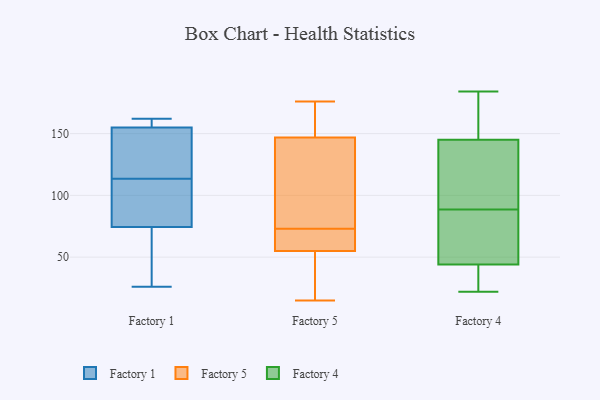
{"axis": {"x": "Net Income (USD K)", "y": "Value"}, "legend": ["Factory 1", "Factory 4", "Factory 5"], "data": [{"x": "", "y": 53, "type": "Factory 1"}, {"x": "", "y": 133, "type": "Factory 1"}, {"x": "", "y": 162, "type": "Factory 1"}, {"x": "", "y": 94, "type": "Factory 1"}, {"x": "", "y": 79, "type": "Factory 1"}, {"x": "", "y": 157, "type": "Factory 1"}, {"x": "", "y": 134, "type": "Factory 1"}, {"x": "", "y": 156, "type": "Factory 1"}, {"x": "", "y": 154, "type": "Factory 1"}, {"x": "", "y": 89, "type": "Factory 1"}, {"x": "", "y": 26, "type": "Factory 1"}, {"x": "", "y": 70, "type": "Factory 1"}, {"x": "", "y": 63, "type": "Factory 5"}, {"x": "", "y": 130, "type": "Factory 5"}, {"x": "", "y": 73, "type": "Factory 5"}, {"x": "", "y": 62, "type": "Factory 5"}, {"x": "", "y": 149, "type": "Factory 5"}, {"x": "", "y": 146, "type": "Factory 5"}, {"x": "", "y": 176, "type": "Factory 5"}, {"x": "", "y": 42, "type": "Factory 5"}, {"x": "", "y": 52, "type": "Factory 5"}, {"x": "", "y": 56, "type": "Factory 5"}, {"x": "", "y": 150, "type": "Factory 5"}, {"x": "", "y": 104, "type": "Factory 5"}, {"x": "", "y": 15, "type": "Factory 5"}, {"x": "", "y": 44, "type": "Factory 4"}, {"x": "", "y": 167, "type": "Factory 4"}, {"x": "", "y": 79, "type": "Factory 4"}, {"x": "", "y": 70, "type": "Factory 4"}, {"x": "", "y": 105, "type": "Factory 4"}, {"x": "", "y": 184, "type": "Factory 4"}, {"x": "", "y": 43, "type": "Factory 4"}, {"x": "", "y": 158, "type": "Factory 4"}, {"x": "", "y": 27, "type": "Factory 4"}, {"x": "", "y": 22, "type": "Factory 4"}, {"x": "", "y": 83, "type": "Factory 4"}, {"x": "", "y": 132, "type": "Factory 4"}, {"x": "", "y": 93, "type": "Factory 4"}, {"x": "", "y": 145, "type": "Factory 4"}, {"x": "", "y": 23, "type": "Factory 4"}, {"x": "", "y": 88, "type": "Factory 4"}, {"x": "", "y": 89, "type": "Factory 4"}, {"x": "", "y": 157, "type": "Factory 4"}]}